Vaccination in Bombay 1863-1868 - 1863-1868
Year: 1863
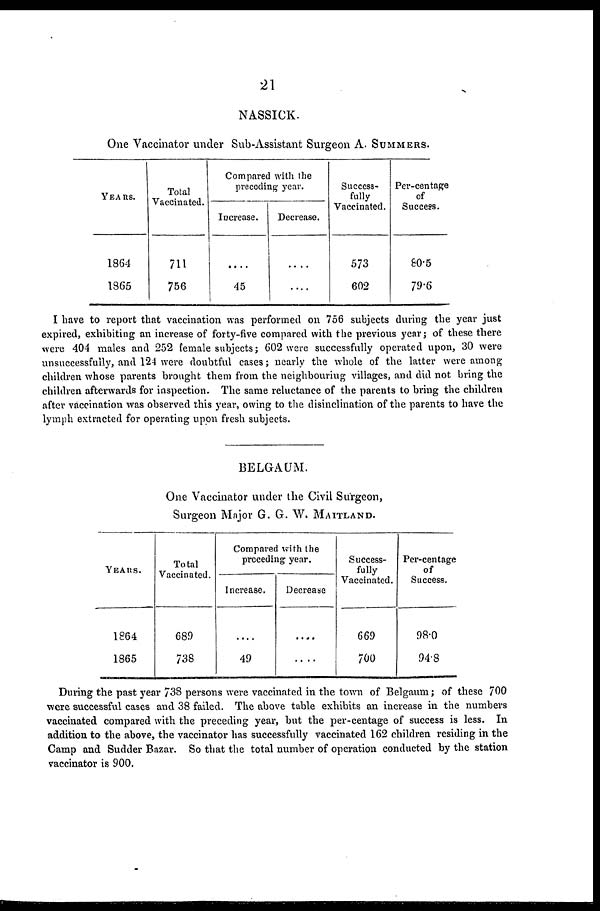
21
NASSICK.
One Vaccinator under Sub-Assistant Surgeon A. SUMMERS.
YEARS.
1864
1865
Total
Vaccinated.
711
756
Compared with the
preceding year.
Increase.
....
45
Decrease.
....
....
Success-
fully
Vaccinated.
573
602
Per-centage
of
Success.
80.5
79.6
I have to report that vaccination was performed on 756 subjects during the year just
expired, exhibiting an increase of forty-five compared with the previous year ; of these there
were 404 males and 252 female subjects; 602 were successfully operated upon, 30 were
unsuccessfully, and 124 were doubtful cases; nearly the whole of the latter were among
children whose parents brought them from the neighbouring villages, and did not bring the
children afterwards for inspection. The same reluctance of the parents to bring the children
after vaccination was observed this year, owing to the disinclination of the parents to have the
lymph extracted for operating upon fresh subjects.
BELGAUM.
One Vaccinator under the Civil Surgeon,
Surgeon Major G. G. W. MAITLAND.
YEARS.
1864
1865
Total
Vaccinated.
689
738
Compared with the
preceding year.
Increase.
....
49
Decrease
....
....
Success-
fully
Vaccinated.
669
700
Per-centage
of
Success.
98.0
94.8
During the past year 738 persons were vaccinated in the town of Belgaum; of these 700
were successful cases and 38 failed. The above table exhibits an increase in the numbers
vaccinated compared with the preceding year, but the per-centage of success is less. In
addition to the above, the vaccinator has successfully vaccinated 162 children residing in the
Camp and Sudder Bazar. So that the total number of operation conducted by the station
vaccinator is 900.